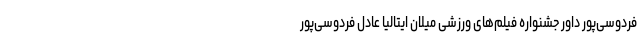
فردوسی‌پور داور جشنواره فیلم‌های ورزشی میلان ایتالیا عادل فردوسی‌پور